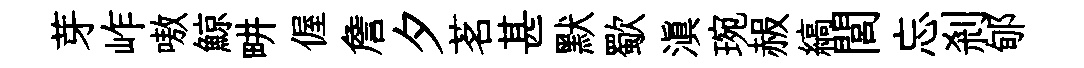
芽岞嗷鯨畊偓詹夕茗甚默歜滇琬赧縞閭忘剎郇